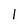
Character: 1